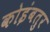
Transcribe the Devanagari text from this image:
कोइंबतुर